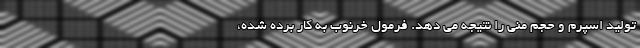
تولید اسپرم و حجم منی را نتیجه می دهد. فرمول خرنوب به کار برده شده،